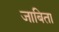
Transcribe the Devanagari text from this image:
जाबिता